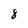
Character: 8